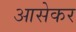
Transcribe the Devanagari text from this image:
आसेकर